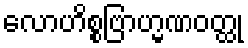
လောဟိစ္စဗြာဟ္မဏဝတ္ထု